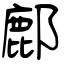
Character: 鄜